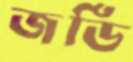
জর্ডি